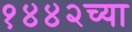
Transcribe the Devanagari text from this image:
१४४२च्या